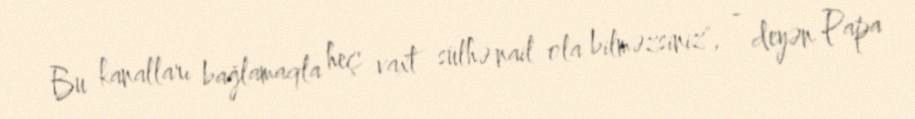
Bu kanalları bağlamaqla heç vaxt sülhə nail ola bilməzsiniz", - deyən Papa